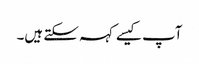
آپ کیسے کہہ سکتے ہیں۔